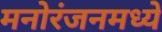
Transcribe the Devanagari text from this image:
मनोरंजनमध्ये